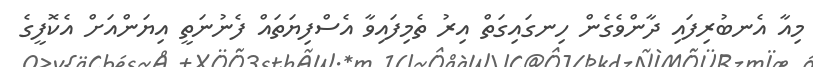
މިއާ އެނބުރިފައި ދާންވެގެން ހިނގައިގަތް އިރު ތެމިފައިވާ އެސްފިޔަތައް ފެނުނަތީ އިޔަންއަށް އެކޮފީގެ